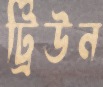
ট্রিউন